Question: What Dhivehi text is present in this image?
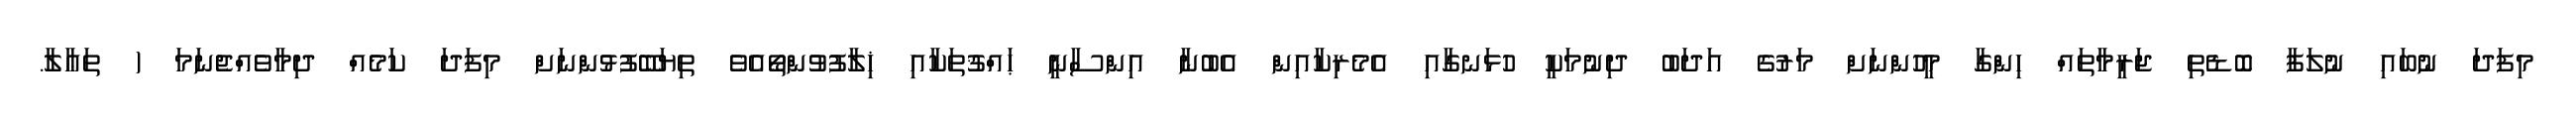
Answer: މިފަދަ ނުބައި ނުލަފާ ބޮޑެތި ޖަރީމާތައް ހިންްގާ މީހުންނަށް މަރުގެ އަދަބު ދިނުމަކީ ހުޅަނގާއި އެމެރިކާއިން އެބުނާ އިންސާނީ ޙައްޤުތަކާއި ޚިލާފުވުންތޯއެވެ ތިޔަބޭފުޅުންނަށް މިފަދަ ކަމެއް ދިމާވެއްޖެނަމަ ( ތަޢާލާ.